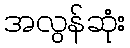
အလွန်ဆုံး